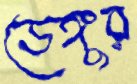
ডেঙ্গুর